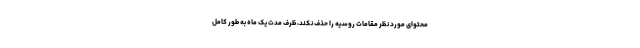
محتوای مورد نظر مقامات روسیه را حذف نکند، ظرف مدت یک ماه به طور کامل